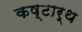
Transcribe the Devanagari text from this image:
कष्टार्थ